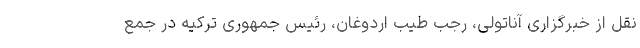
نقل از خبرگزاری آناتولی، رجب طیب اردوغان، رئیس جمهوری ترکیه در جمع